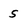
Character: 5